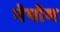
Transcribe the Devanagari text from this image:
नेपोम